Civil Veterinary Department. Madras. Admin. report 1926-33 - 1926-1933
Year: 1926
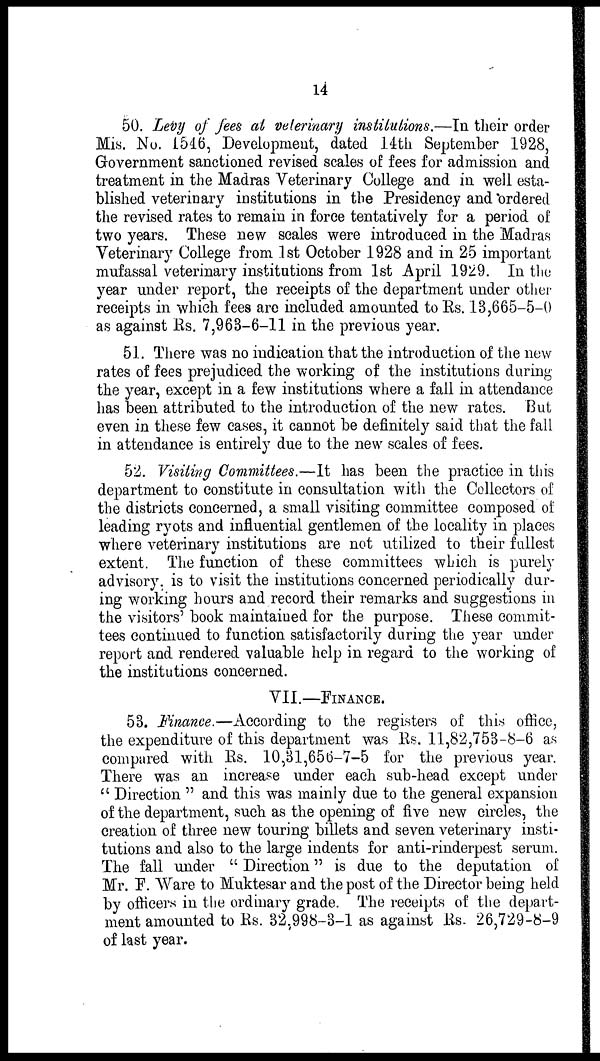
14
50. Levy of fees at veterinary institutions.—In their order
Mis. No. 1546, Development, dated 14th September 1928,
Government sanctioned revised scales of fees for admission and
treatment in the Madras Veterinary College and in well esta-
blished veterinary institutions in the Presidency and ordered
the revised rates to remain in force tentatively for a period of
two years. These new scales were introduced in the Madras
Veterinary College from 1st October 1928 and in 25 important
mufassal veterinary institutions from 1st April 1929. In the
year under report, the receipts of the department under other
receipts in which fees are included amounted to Rs. 13,665-5-0
as against Rs. 7,963-6-11 in the previous year.
51. There was no indication that the introduction of the new
rates of fees prejudiced the working of the institutions during
the year, except in a few institutions where a fall in attendance
has been attributed to the introduction of the new rates. But
even in these few cases, it cannot be definitely said that the fall
in attendance is entirely due to the new scales of fees.
52. Visiting Committees.—It has been the practice in this
department to constitute in consultation with the Collectors of
the districts concerned, a small visiting committee composed of
leading ryots and influential gentlemen of the locality in places
where veterinary institutions are not utilized to their fullest
extent. The function of these committees which is purely
advisory, is to visit the institutions concerned periodically dur-
ing working hours and record their remarks and suggestions in
the visitors' book maintained for the purpose. These commit-
tees continued to function satisfactorily during the year under
report and rendered valuable help in regard to the working of
the institutions concerned.
VII.—FINANCE.
53. Finance.—According to the registers of this office,
the expenditure of this department was Rs. 11,82,753-8-6 as
compared with Rs. 10,31,656-7-5 for the previous year.
There was an increase under each sub-head except under
"Direction" and this was mainly due to the general expansion
of the department, such as the opening of five new circles, the
creation of three new touring billets and seven veterinary insti-
tutions and also to the large indents for anti-rinderpest serum.
The fall under "Direction" is due to the deputation of
Mr. P. Ware to Muktesar and the post of the Director being held
by officers in the ordinary grade. The receipts of the depart-
ment amounted to Rs. 32,998-3-1 as against Rs. 26,729-8-9
of last year.